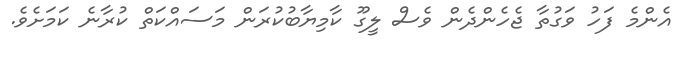
އެންމެ ފަހު ވަގުތާ ޖެހެންދެން ވެސް ލީގޫ ކާމިޔާބުކުރަން މަސައްކަތް ކުރާނެ ކަމަށެވެ.